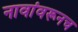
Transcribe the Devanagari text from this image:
नावांवरूनच